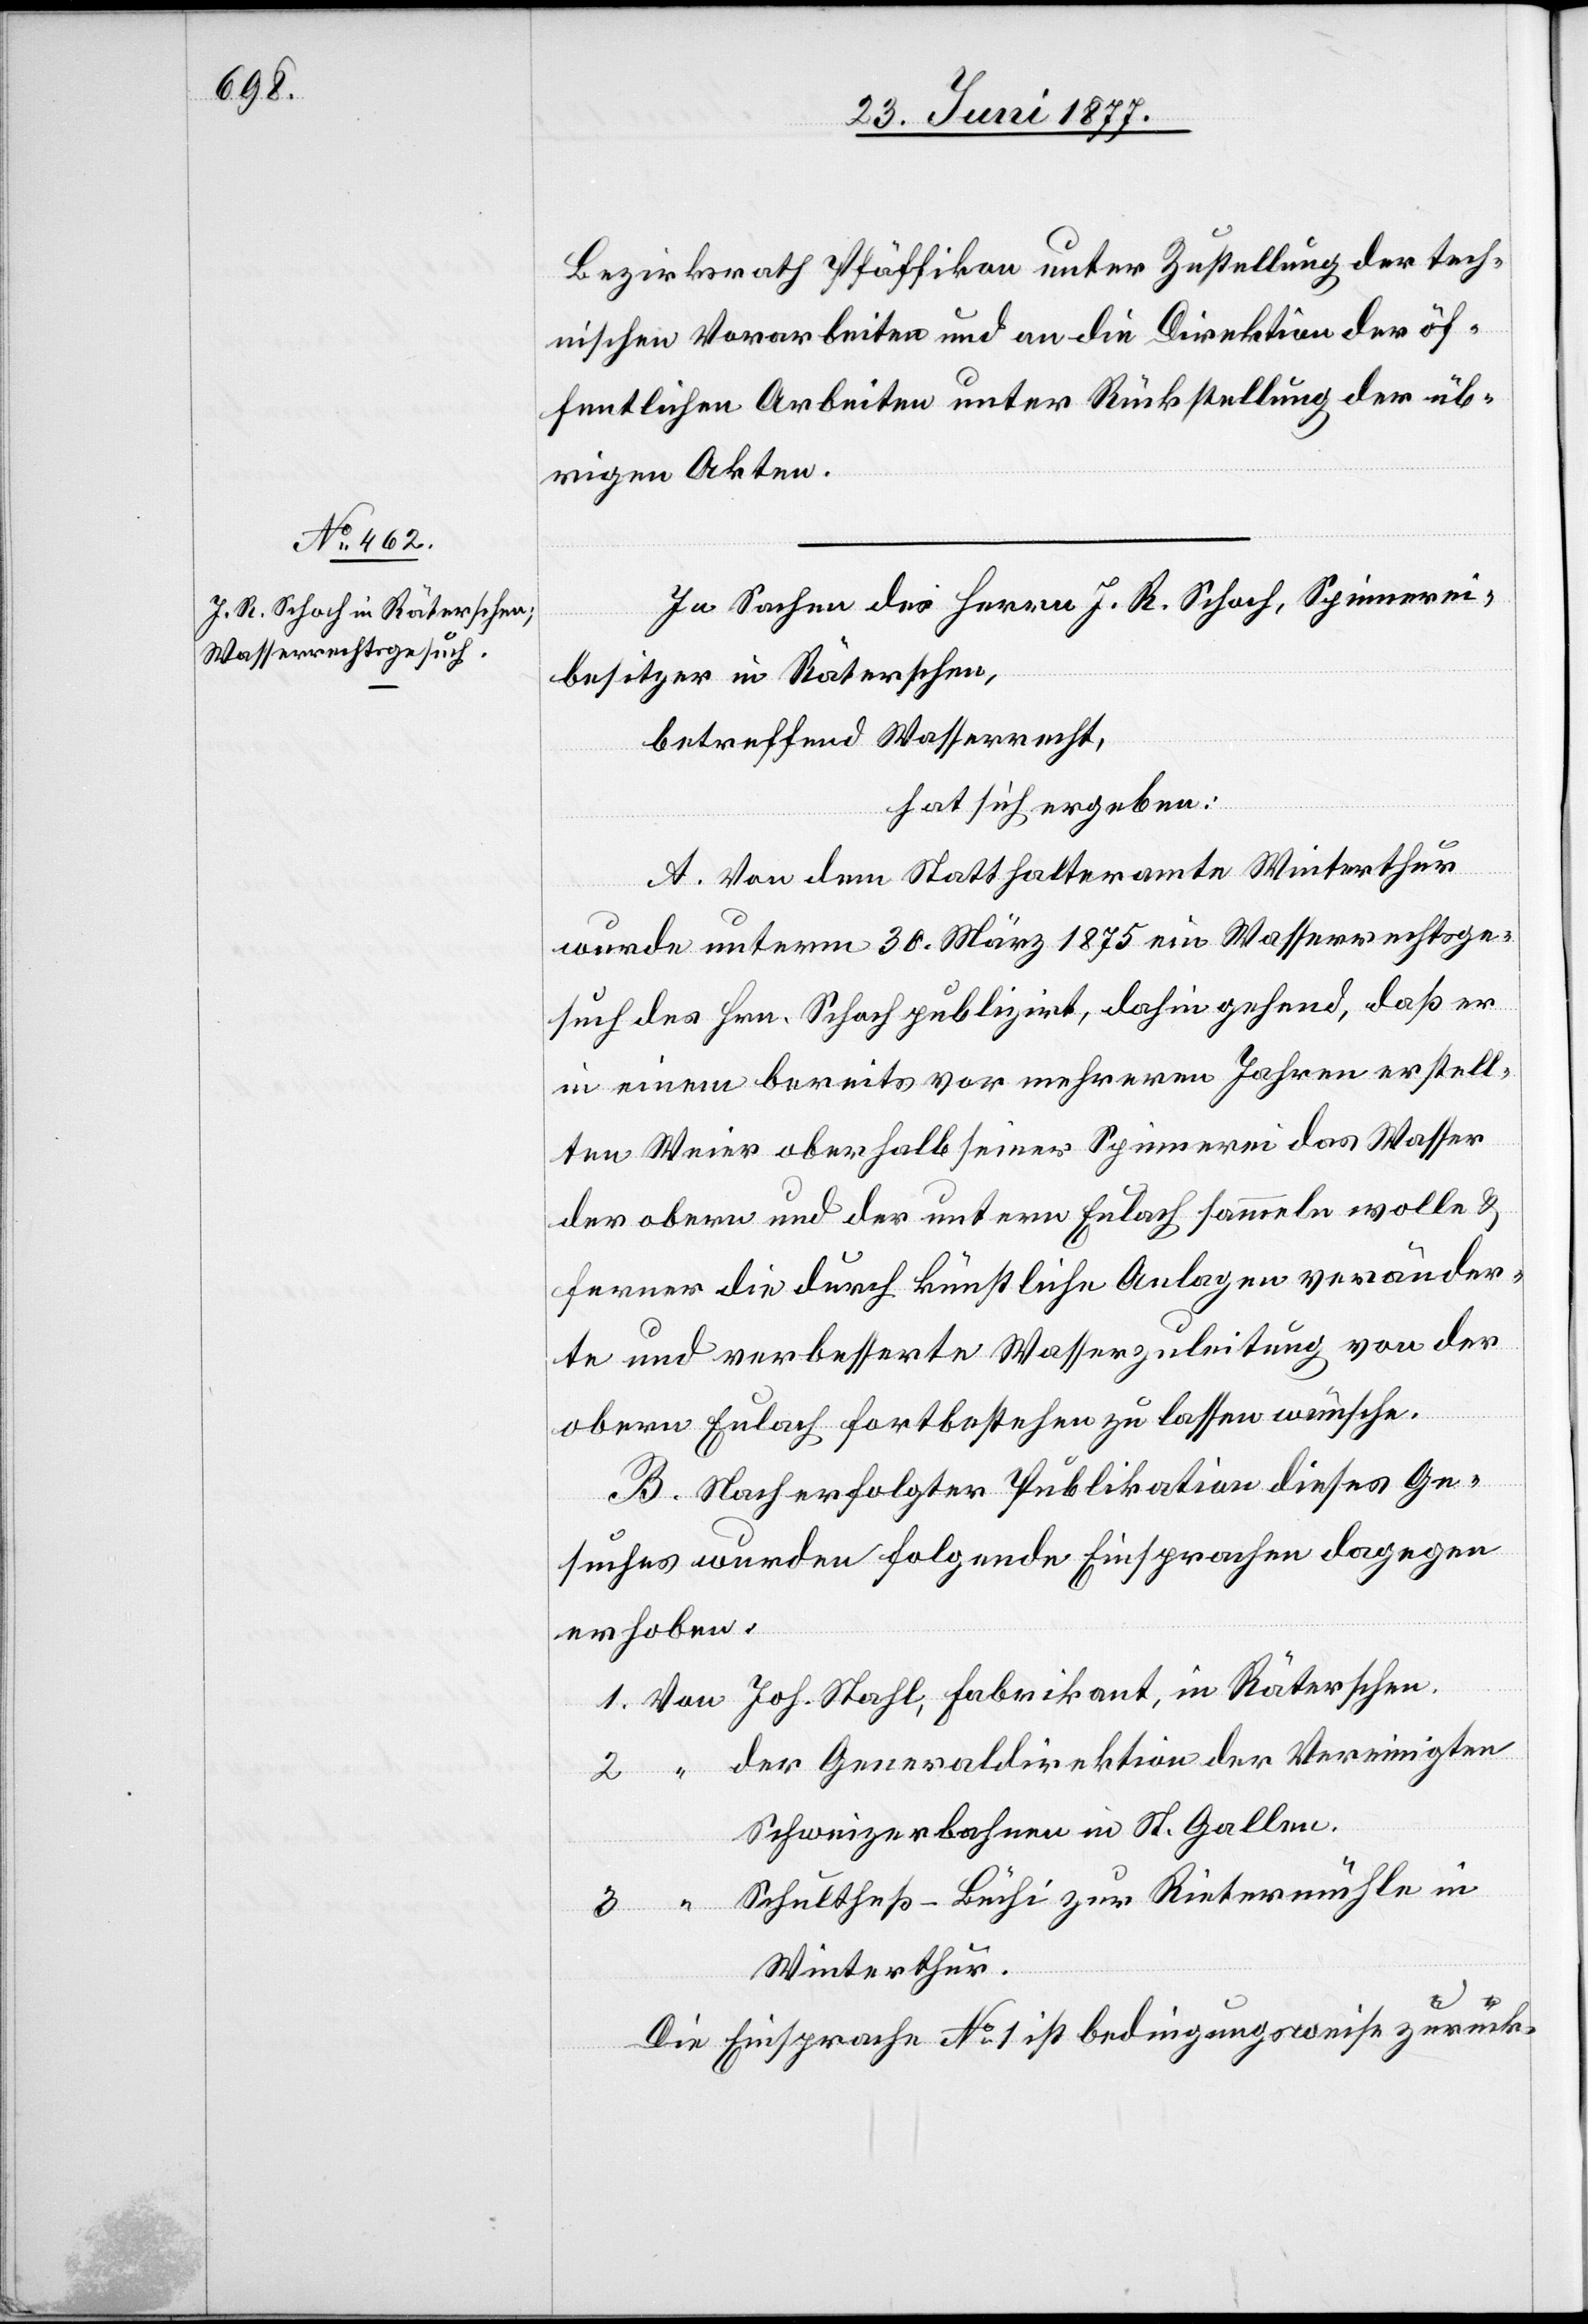
Bezirksrath Pfäffikon unter Zustellung der tech¬
nischen Vorarbeiten und an die Direktion der öf¬
fentlichen Arbeiten unter Rückstellung der üb¬
rigen Akten.
In Sachen des Herren J. R. Schoch, Spinnerei¬
“
besitzer in Räterschen,
betreffend Wasserrecht,
hat sich ergeben:
A. Von dem Statthalteramte Winterthur
wurde unterm 30. März 1875 ein Wasserrechtsge¬
such des Hrn. Schoch publizirt, dahin gehend, daß er
in einem bereits vor mehreren Jahren erstell¬
ten Weier oberhalb seiner Spinnerei das Wasser
der obern und der untern Eulach sammeln wolle &
ferner die durch künstlichen Anlagen veränder¬
te und verbesserte Wasserzuleitung von der
obern Eulach fortbestehen zu lassen wünsche.
B. Nach erfolgter Publikation dieses Ge¬
suches wurden folgende Einsprachen dagegen
erhoben:
der Generaldirektion der Vereinigten
Schweizerbahnen in St. Gallen.
Schultheß-Büchi zur Rietermühle in
Winterthur.
Die Einsprache No 1 ist bedingungsweise zurück-